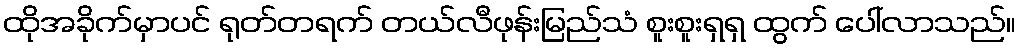
ထိုအခိုက်မှာပင် ရုတ်တရက် တယ်လီဖုန်းမြည်သံ စူးစူးရှရှ ထွက် ပေါ်လာသည်။